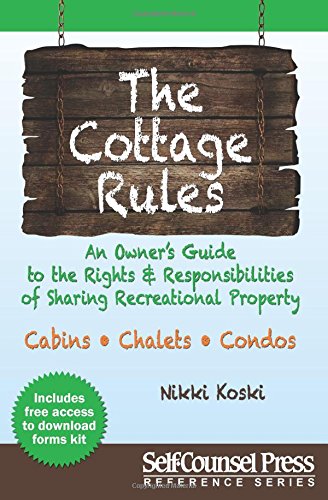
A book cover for The Cottage Rules: An Owner's Guide to the Rights and Responsibilities of Sharing Recreational Property (Self-Counsel Reference); Nikki Koski; Crafts, Hobbies & Home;